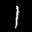
Label: 1